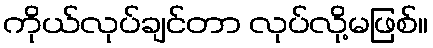
ကိုယ်လုပ်ချင်တာ လုပ်လို့မဖြစ်။